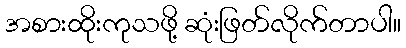
အစားထိုးကုသဖို့ ဆုံးဖြတ်လိုက်တာပါ။